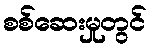
စစ်ဆေးမှုတွင်